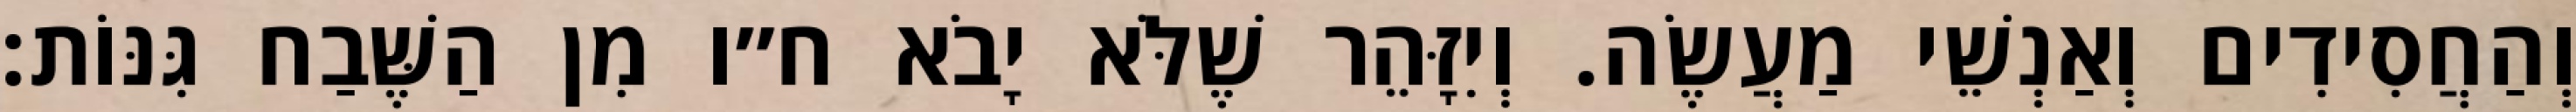
וְהַחֲסִידִים וְאַנְשֵׁי מַעֲשֶׂה. וְיִזָּהֵר שֶׁלֹּא יָבֹא ח״ו מִן הַשֶּׁבַח גִּנּוֹת: